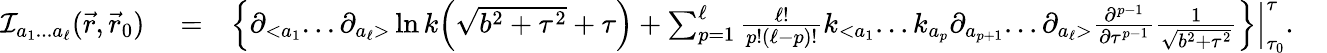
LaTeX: \begin{array}{rlr}{{\cal I}_{a_{1}...a_{\ell}}(\vec{r},\vec{r}_{0})}&{{}=}&{\Big\{ \partial_{<a_{1}}...\partial_{a_{\ell}>}\ln k\Big({\sqrt{b^{2}+\tau^{2}}+\tau}\Big)+\sum_{p=1}^{\ell}\frac{\ell!}{p!(\ell-p)!}k_{<a_{1}}...k_{a_{p}}\partial_{a_{p+1}}...\partial_{a_{\ell}>}\frac{\partial^{p-1}}{\partial\tau^{p-1}}\frac{1}{\sqrt{b^{2}+\tau^{2}}}\Big\} \Big|_{\tau_{0}}^{\tau}.~~~~}\end{array}